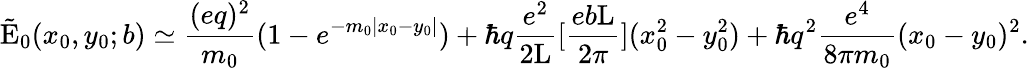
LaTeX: \tilde{\mathrm{E}}_{0}(x_{0},y_{0};b)\simeq\frac{(eq)^{2}}{m_{0}}(1-e^{-m_{0}|x_{0}-y_{0}|})+\hbar q\frac{e^{2}}{2\mathrm{L}}[\frac{eb\mathrm{L}}{2\pi}](x_{0}^{2}-y_{0}^{2})+\hbar q^{2}\frac{e^{4}}{8\pi m_{0}}(x_{0}-y_{0})^{2}.